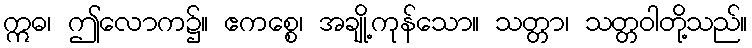
ဣဓ၊ ဤလောက၌။ ဧကစ္စေ၊ အချို့ကုန်သော။ သတ္တာ၊ သတ္တဝါတို့သည်။